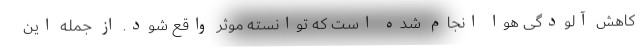
کاهش آلودگی هوا انجام شده است که توانسته موثر واقع شود. از جمله این